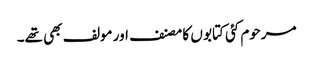
مرحوم کئی کتابو ں کا مصنف اور مولف بھی تھے۔